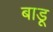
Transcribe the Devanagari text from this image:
बाडू